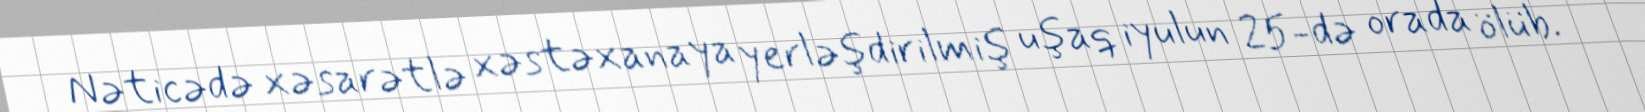
Nəticədə xəsarətlə xəstəxanaya yerləşdirilmiş uşaq iyulun 25-də orada ölüb.